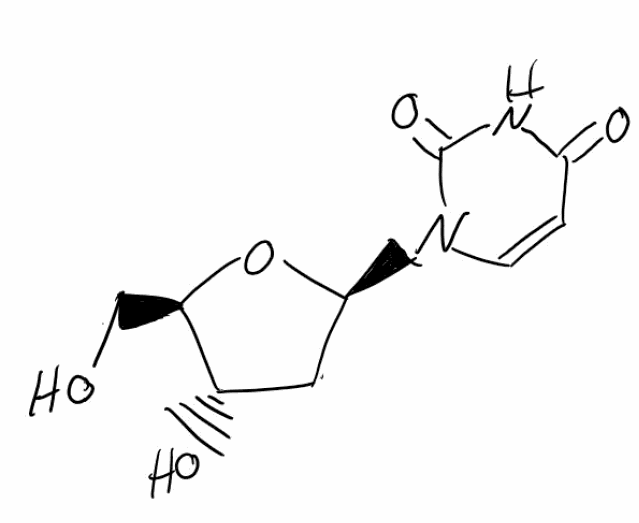
Simplified molecular-input line-entry system (SMILES) notation of the given molecule:
C1[C@@H]([C@H](O[C@H]1N2C=CC(=O)NC2=O)CO)O